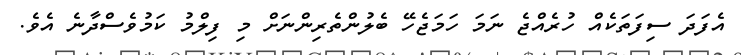
އެފަދަ ސިފަތަކެއް ހުރެއްޖެ ނަމަ ހަމަޖެހޭ ބެލުންތެރިންނަށް މި ފިލްމު ކަމުވެސްދާނެ އެވެ.